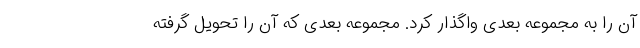
آن را به مجموعه بعدی واگذار کرد. مجموعه بعدی که آن را تحویل گرفته